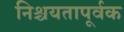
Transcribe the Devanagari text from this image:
निश्चयतापूर्वक